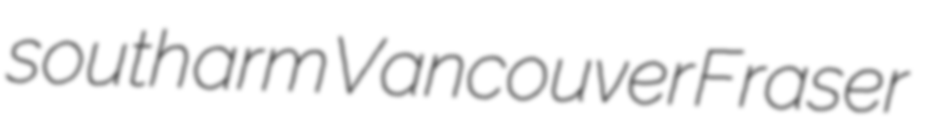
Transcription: south arm Vancouver Fraser